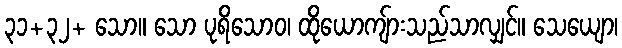
၃၁+၃၂+ သော။ သော ပုရိသောဝ၊ ထိုယောကျ်ားသည်သာလျှင်။ သေယျော၊